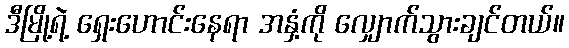
ဒီမြို့ရဲ့ ရှေးဟောင်းနေရာ အနှံ့ကို လျှောက်သွားချင်တယ်။